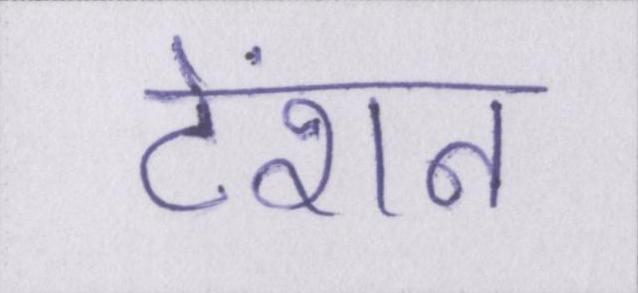
टेंशन